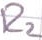
Text: R2